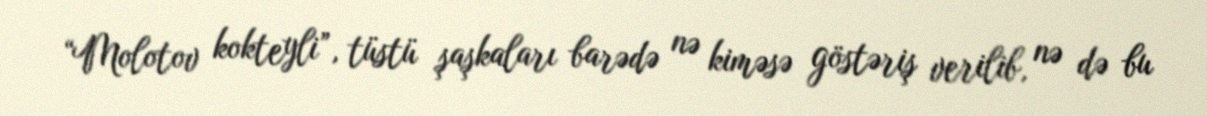
“Molotov kokteyli”, tüstü şaşkaları barədə nə kiməsə göstəriş verilib, nə də bu